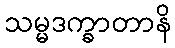
သမ္မဒက္ခာတာနိ